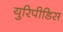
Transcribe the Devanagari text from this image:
युरिपीडिस